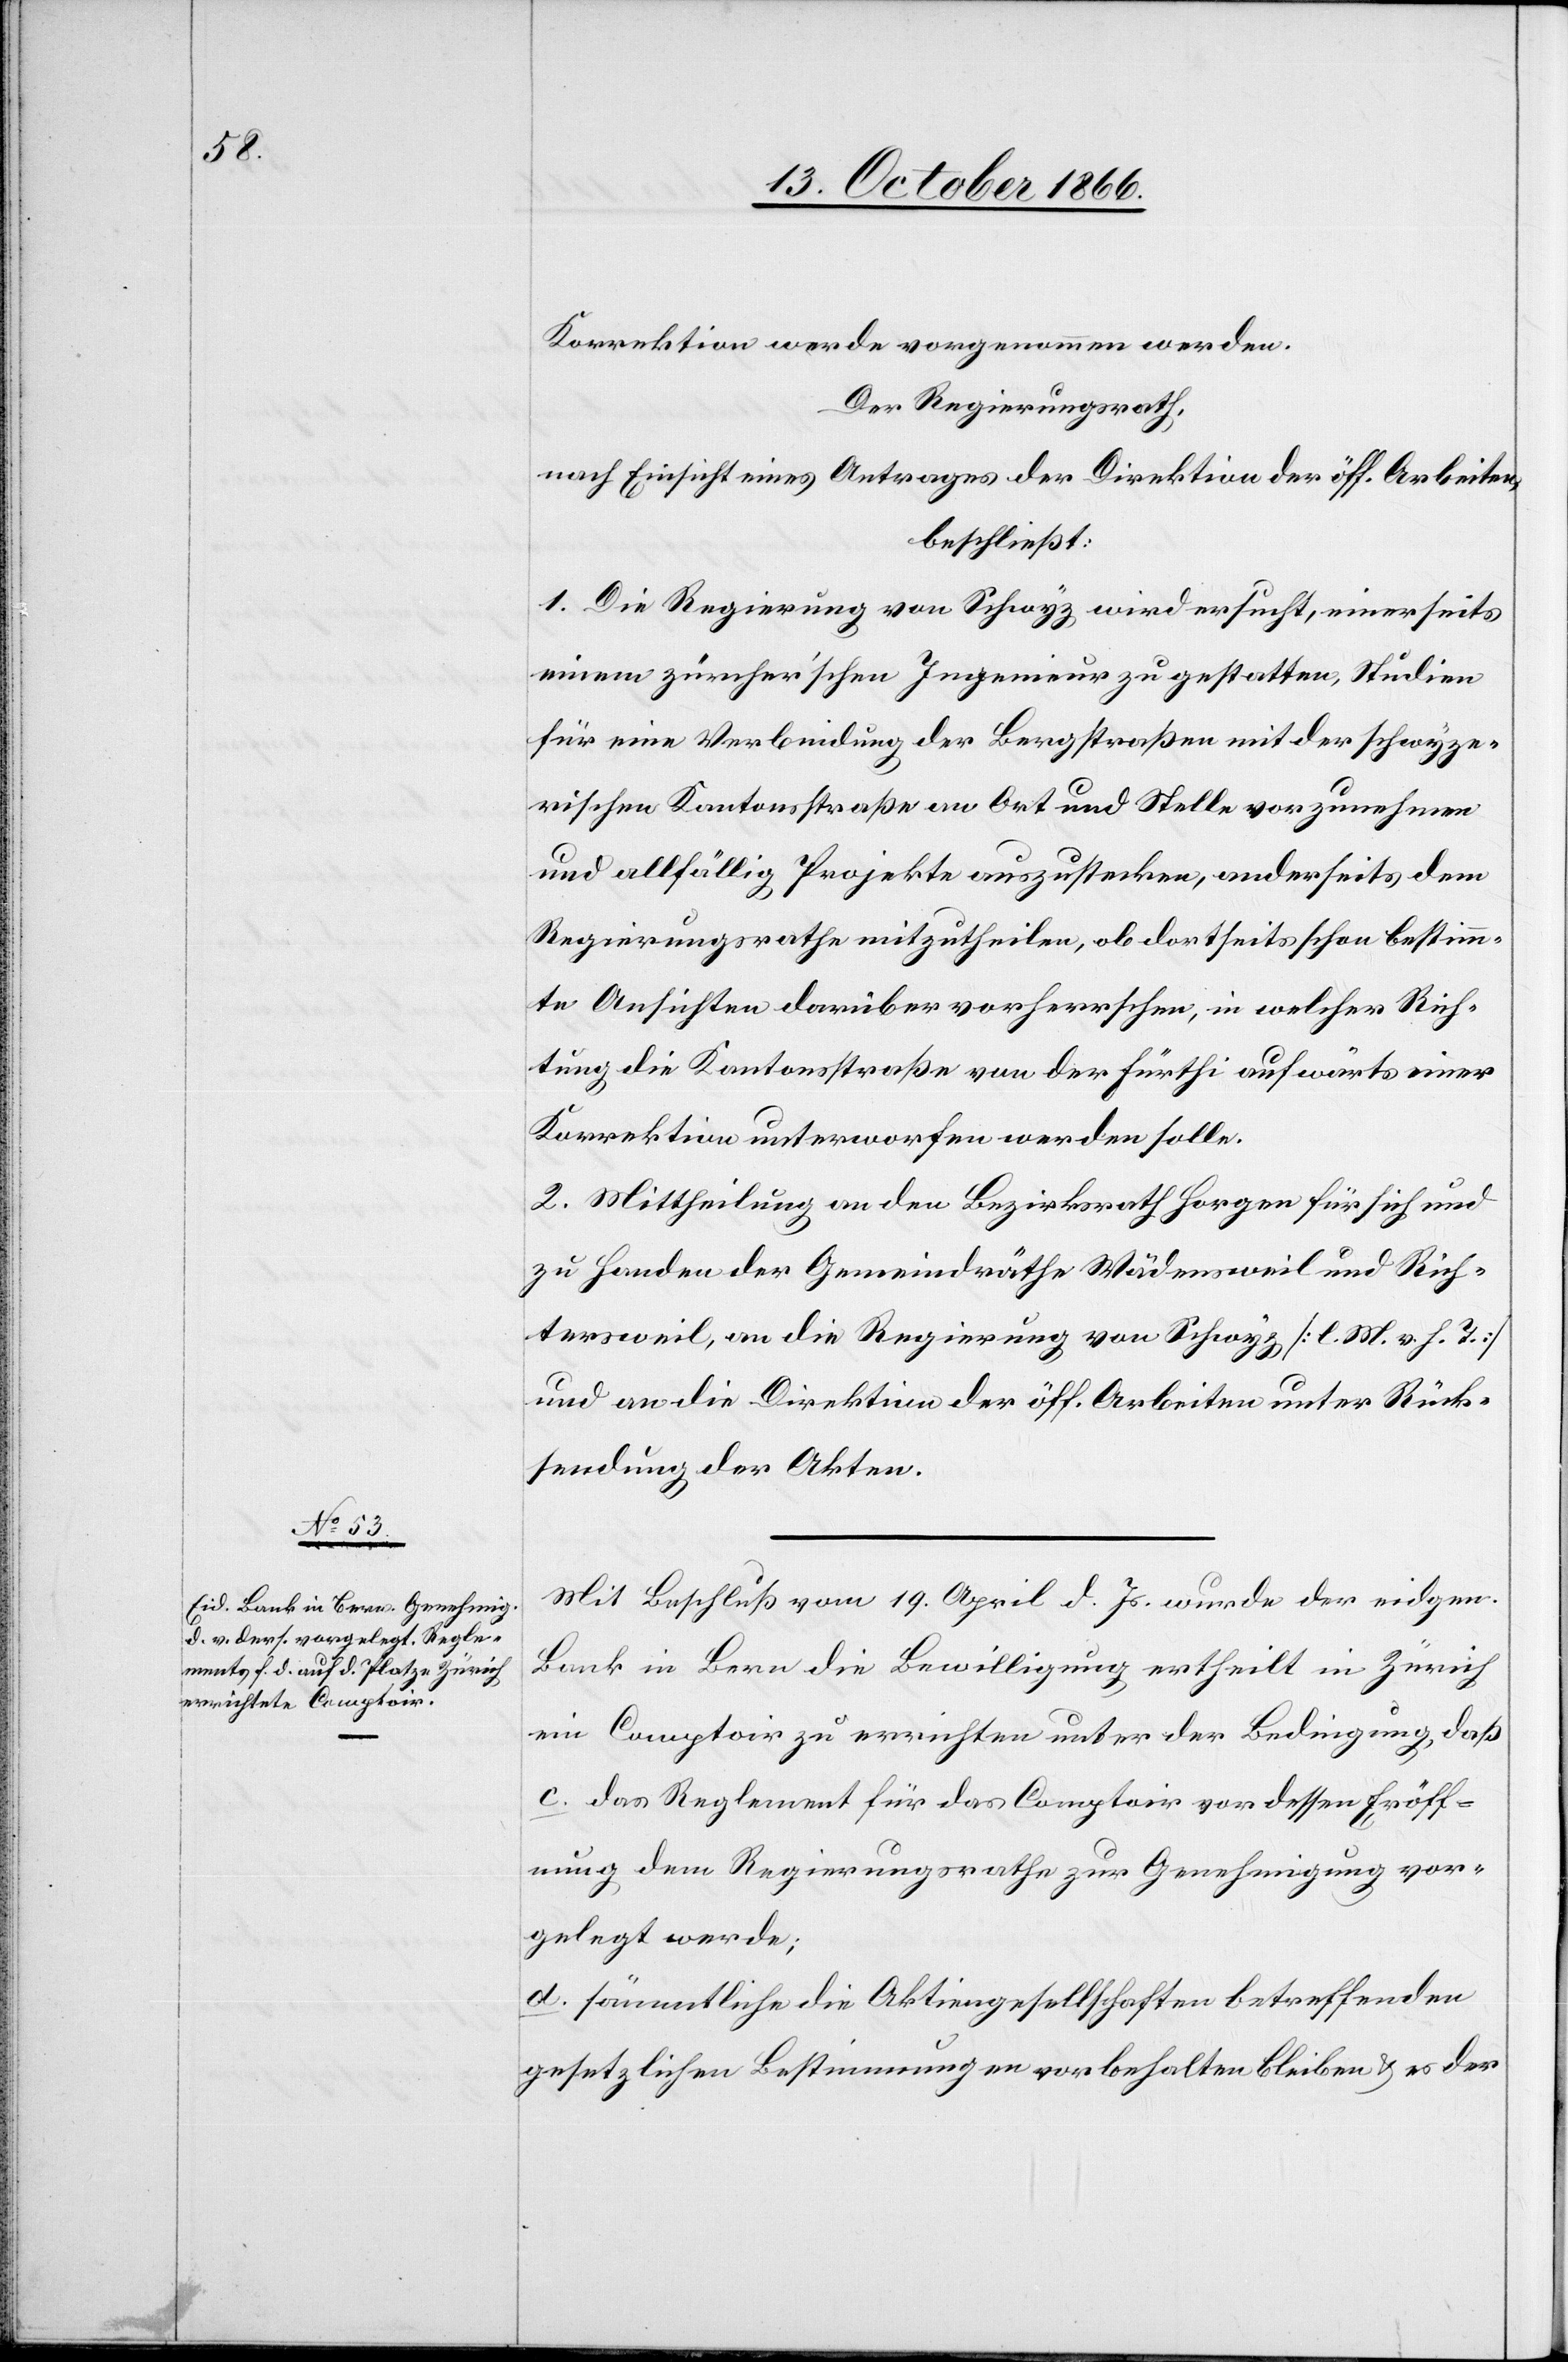
Korrektion werde vorgenommen werden.
Der Regierungsrath,
nach Einsicht eines Antrages der Direktion der öff. Arbeiten,
beschließt:
1. Die Regierung von Schwyz wird ersucht, einerseits
einem zürcher’schen Ingenieur zu gestatten, Studien
für eine Verbindung der Bergstraßen mit der schwyze¬
rischen Kantonsstraße an Ort und Stelle vorzunehmen
und allfällig Projekte auszustecken, anderseits dem
Regierungsrathe mitzutheilen, ob dortseits schon bestimm¬
te Ansichten darüber vorherrschen, in welcher Rich¬
tung die Kantonsstraße von der Fürthi aufwärts einer
Korrektion unterworfen werden solle.
2. Mittheilung an den Bezirksrath Horgen für sich und
zu Handen der Gemeindräthe Wädensweil und Rich¬
tersweil, an die Regierung von Schwyz [l. M. v. h. T.]
und an die Direktion der öff. Arbeiten unter Rück¬
stellung der Akten.
Mit Beschluß vom 19. April d. Js. wurde der eidgen.
Bank in Bern die Bewilligung ertheilt in Zürich
ein Comptoir zu errichten unter der Bedingung, daß
c. das Reglement für das Comptoir vor dessen Eröff¬
nung dem Regierungsrathe zur Genehmigung vor¬
gelegt werde;
d. sämmtliche die Aktiengesellschaften betreffenden
gesetzlichen Bestimmungen vorbehalten bleiben & es der